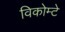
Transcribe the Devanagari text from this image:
विकोम्‍टे